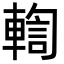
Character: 輷